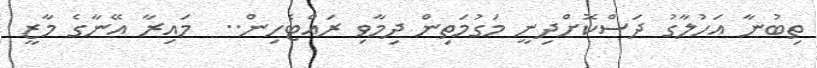
ތިބުނާ އަހުލާގު ދަސްކޮށްދިނީ މަގުމަތިން ދިމާވި ރައްޓެހިން..  މައިރާ އޭނާގެ މާޒީ